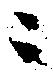
ニ